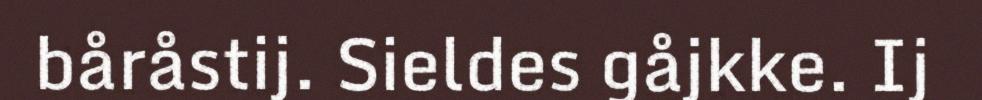
båråstij. Sieldes gåjkke. Ij